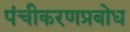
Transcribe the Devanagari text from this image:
पंचीकरणप्रबोध